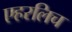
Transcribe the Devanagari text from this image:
एहरलिच